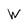
Character: W